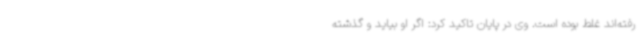
رفته‌اند غلط بوده است. وی در پایان تاکید کرد: اگر او بیاید و گذشته